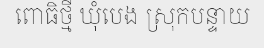
ពោធិថ្មី ឃុំបេង ស្រុកបន្ទាយ